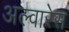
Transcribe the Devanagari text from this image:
अल्वारेस